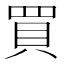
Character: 買